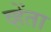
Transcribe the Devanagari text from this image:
व्हेंता